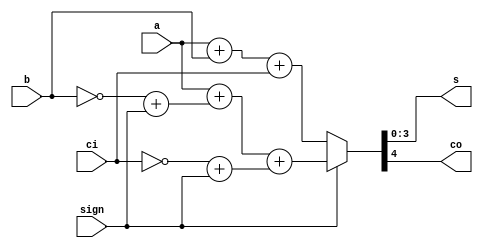
`timescale 1ns / 1ps
//////////////////////////////////////////////////////////////////////////////////
// addsub4_bC u (.a(), .b(), .ci(), .sign(), .s(), .co());
// 4bit Add/Sub with Carry in, Carry out (Behavioral) (input [3:0] a, b, input ci, sign, output [3:0] s, output co)
// sign = 1 : sub, = 0 : add
// Maker : CHA
//
//////////////////////////////////////////////////////////////////////////////////


module addsub4_B(
    input [3:0] a,
    input [3:0] b,
    input ci,
    input sign,
    output [3:0] s,
    output co
    );
    
    assign {co, s} = (sign==1'b0) ? (a + b + ci) : (a + (~b + sign) + (~ci + sign));
    
endmodule